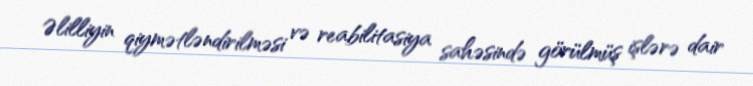
Əlilliyin qiymətləndirilməsi və reabilitasiya sahəsində görülmüş işlərə dair